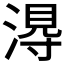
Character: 𭱭